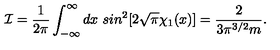
{ \cal I } = \frac { 1 } { 2 \pi } \int _ { - \infty } ^ { \infty } d x \ s i n ^ { 2 } [ 2 \sqrt { \pi } \chi _ { 1 } ( x ) ] = \frac { 2 } { 3 \pi ^ { 3 / 2 } m } .